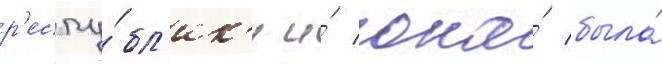
р'еспу́бл'ик'и и́ она́ была́